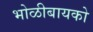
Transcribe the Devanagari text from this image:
भोळीबायको